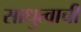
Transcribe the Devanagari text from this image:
साधुत्वाची